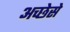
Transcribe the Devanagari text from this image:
अच्छेसे